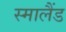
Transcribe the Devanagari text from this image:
स्मालैंड